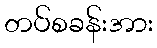
တပ်စခန်းအား